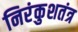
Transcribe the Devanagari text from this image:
निरंकुशतंत्र